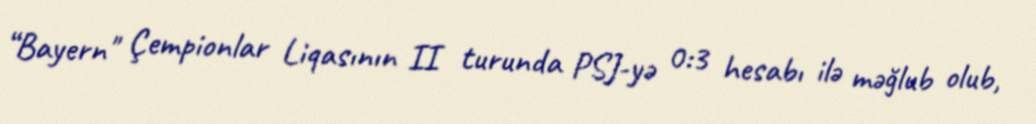
“Bayern" Çempionlar Liqasının II turunda PSJ-yə 0:3 hesabı ilə məğlub olub,